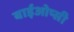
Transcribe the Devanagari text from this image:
बाईओप्सी